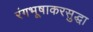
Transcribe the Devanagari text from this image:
रंगभूषाकरसुद्धा